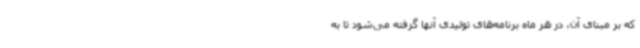
که بر مبنای آن، در هر ماه برنامه‌های تولیدی آنها گرفته می‌شود تا به